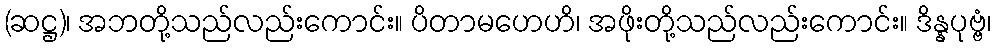
(ဆဋ္ဌ)၊ အဘတို့သည်လည်းကောင်း။ ပိတာမဟေဟိ၊ အဖိုးတို့သည်လည်းကောင်း။ ဒိန္နပုဗ္ဗံ၊